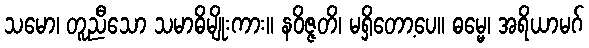
သမော၊ တူညီသော သမာဓိမျိုးကား။ နဝိဇ္ဇတိ၊ မရှိတော့ပေ။ ဓမ္မေ၊ အရိယာမဂ်